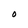
Character: O